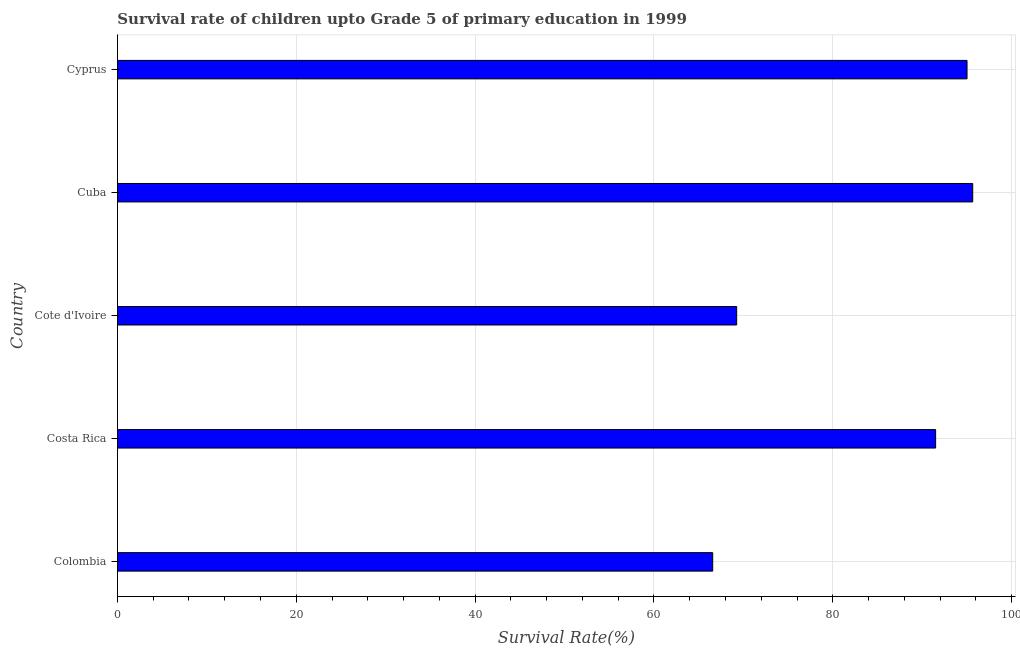
| Country | Survival rate |
 | --- | --- |
 | Colombia | 66.6 |
 | Costa Rica | 91.5 |
 | Cote d'Ivoire | 69.2 |
 | Cuba | 95.6 |
 | Cyprus | 95 |